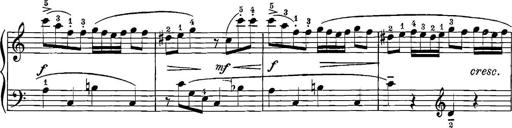
Title: 12 Sonatinas
Composer: Ignaz Pleyel